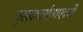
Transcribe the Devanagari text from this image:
गुरुत्वाकर्षणाएवजी